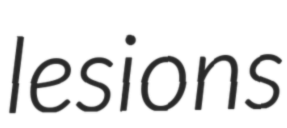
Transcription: lesions